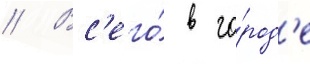
// Вс'его́ в го́род'е